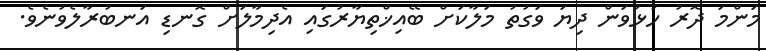
މަންމަ ދޮރު ހުޅުވަން ދިޔަ ވަގުތު މަލާކަށް ބޭއިޚްތިޔާރުގައި އެދިމާލަށް ގޮނޑި އަނބުރާލެވުނެވެ.